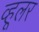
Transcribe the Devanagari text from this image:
व्हूलर